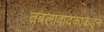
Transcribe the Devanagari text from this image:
तबलावादकाकडून